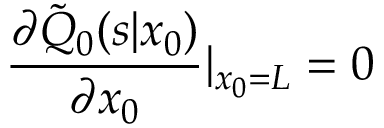
\frac { \partial \tilde { Q } _ { 0 } ( s | x _ { 0 } ) } { \partial x _ { 0 } } | _ { x _ { 0 } = L } = 0